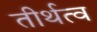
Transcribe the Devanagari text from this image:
तीर्थत्व